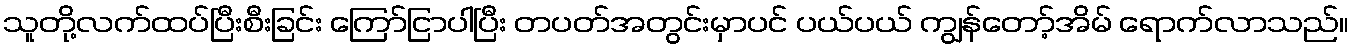
သူတို့လက်ထပ်ပြီးစီးခြင်း ကြော်ငြာပါပြီး တပတ်အတွင်းမှာပင် ပယ်ပယ် ကျွန်တော့်အိမ် ရောက်လာသည်။